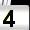
Digit: 4